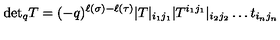
\mathrm { d e t } _ { q } T = ( - q ) ^ { \ell ( \sigma ) - \ell ( \tau ) } | T | _ { i _ { 1 } j _ { 1 } } | T ^ { i _ { 1 } j _ { 1 } } | _ { i _ { 2 } j _ { 2 } } \ldots t _ { i _ { n } j _ { n } }